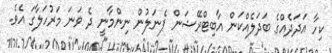
ކިހާ އަދަދެއްގެ ބަދަލެއްކަން އާބިޓްރޭޝަން ޕެނަލުން ނިންމާނީ ދެ ވަނަ މަރުހަލާގަ އެވެ.